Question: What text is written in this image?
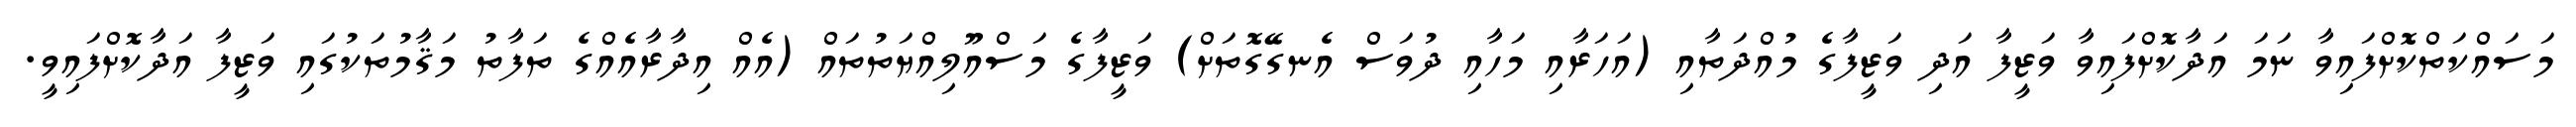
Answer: މަސައްކަތްކޮށްފައިވާ ނަމަ އަދާކޮށްފައިވާ ވަޒީފާ އަދި ވަޒީފާގެ މުއްދަތާއި (އަހަރާއި މަހާއި ދުވަސް އެނގޭގޮތަށް) ވަޒީފާގެ މަސްއޫލިއްޔަތުތައް (އެއް އިދާރާއެއްގެ ތަފާތު މަޤާމުތަކުގައި ވަޒީފާ އަދާކޮށްފައިވީ.